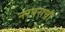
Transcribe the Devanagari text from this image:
नरथराची